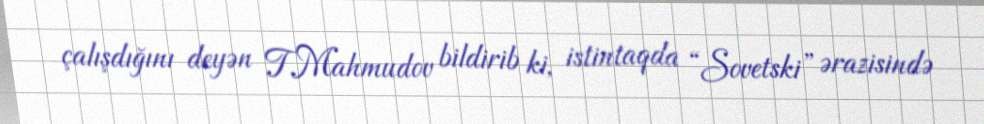
çalışdığını deyən T.Mahmudov bildirib ki, istintaqda “Sovetski” ərazisində